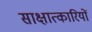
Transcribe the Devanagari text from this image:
साक्षात्कारियों